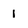
Character: I